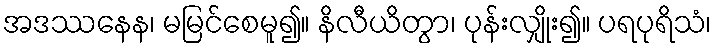
အဒဿနေန၊ မမြင်စေမူ၍။ နိလီယိတွာ၊ ပုန်းလျှိုး၍။ ပရပုရိသံ၊